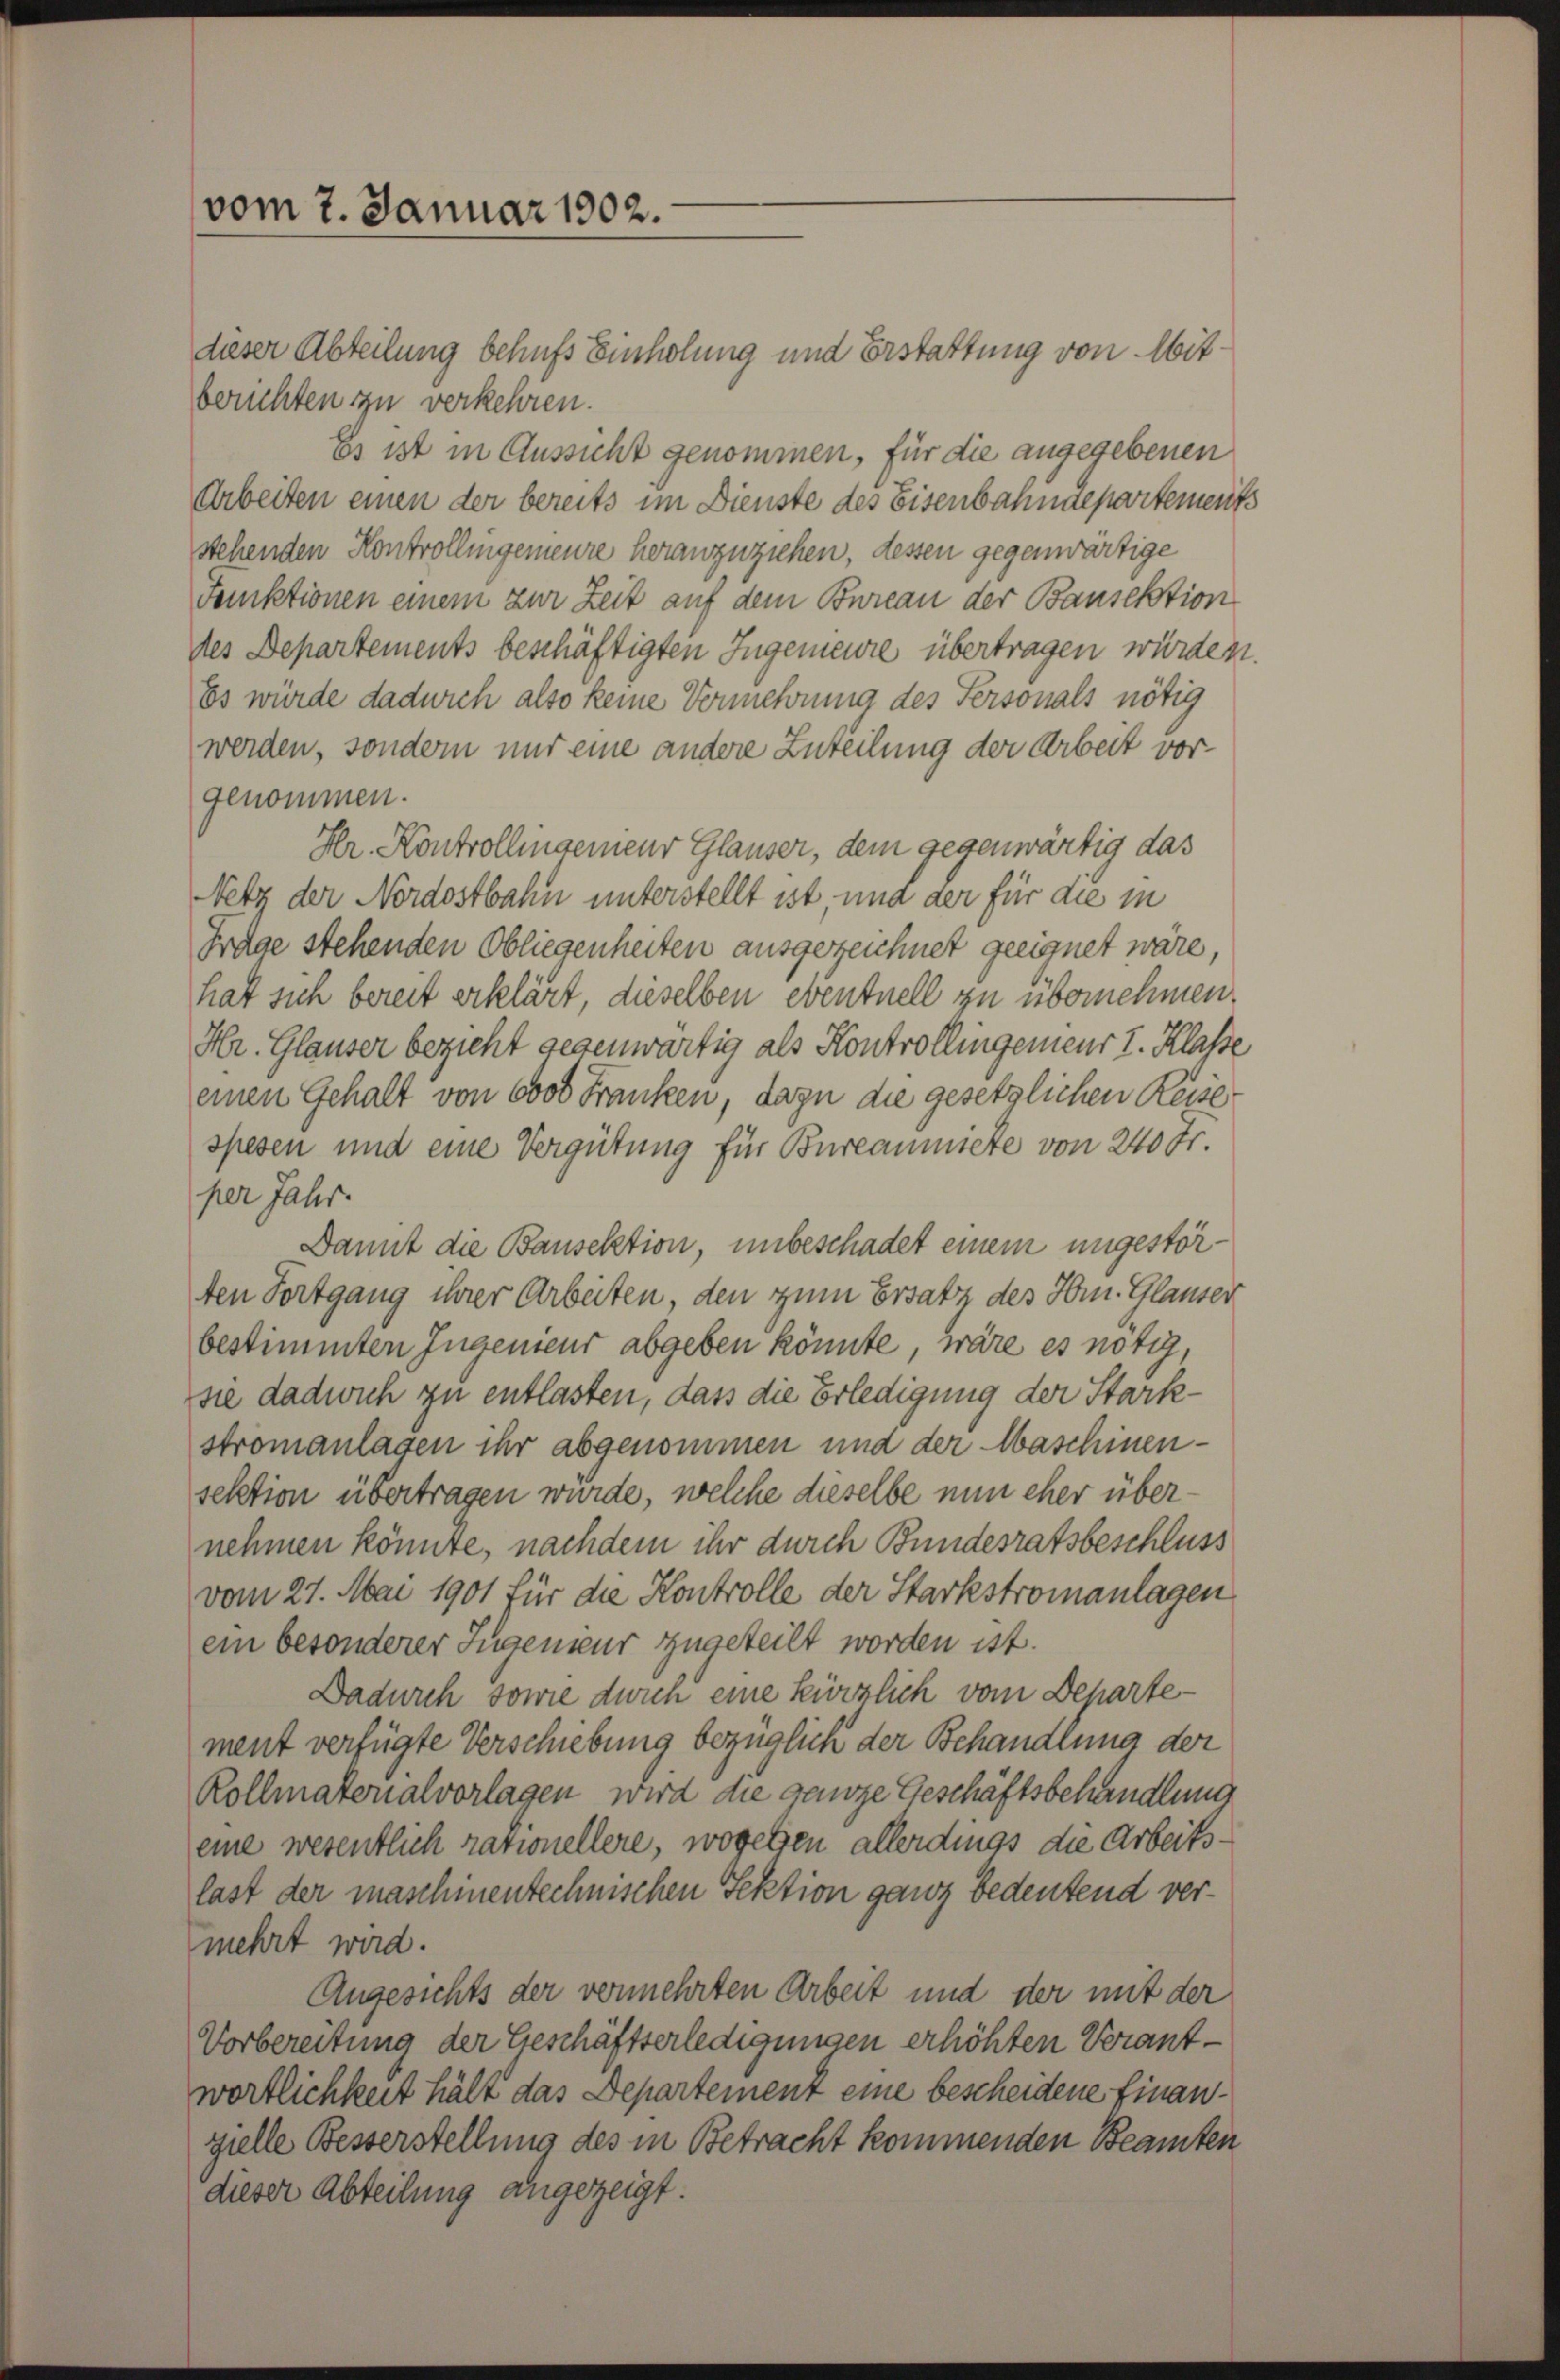
vom 7. Januar 1902.

dieser Abteilung behufs Einholung und Erstattung von Mitberichten zu verkehren.
Es ist in Aussicht genommen, für die angegebenen
Arbeiten einen der bereits im Dienste des Eisenbahndepartements
stehenden Kontrollingemeure heranzuziehen, dessen gegenwärtige
Funktionen einem zur Zeit auf dem Bureau der Bausektion
des Departements beschäftigten Ingemeure übertragen würden.
Es würde dadurch also keine Vermehrung des Personals nötig
werden, sondern nur eine andere Zuteilung der Arbeit vorgenommen.
Hr. Kontrollingenieur Glauser, dem gegenwärtig das
Netz der Nordostbahn unterstellt ist, und der für die in
Frage stehenden Obliegenheiten ausgezeichnet geeignet wäre,
hat sich bereit erklärt, dieselben eventuell zu übernehmen.
Hr. Glauser bezieht gegenwärtig als Kontrollingenieur I. Klasse
einen Gehalt von 6000 Franken, dazu die gesetzlichen Reise
spesen und eine Vergütung für Bureanmiete von 240 Fr.
per Jahr.
Damit die Bausektion, unbeschadet einem ungestörten Fortgang ihrer Arbeiten, den zum Ersatz des Hrn. Glauser
bestimmten Ingenieur abgeben könnte, wäre es nötig,
sie dadwich zu entlasten, dass die Erledigung der Starkstromanlagen ihr abgenommen und der Maschinensektion übertragen würde, welche dieselbe nun eher übernehmen könnte, nachdem ihr durch Bundesratsbeschluss
vom 27. Mai 1901 für die Kontrolle der Starkstromanlagen
ein besonderer Jugenieur zugeteilt worden ist.
Dadurch sowie durch eine kürzlich vom Departement verfügte Verschiebung bezüglich der Behandlung der
Rollmatorialvorlagen wird die ganze Geschäftsbehandlung
eine wesentlich rationellere, wogegen allerdings die Arbeitslast der maschinentechnischen Sektion ganz bedeutend vermehrt wird.
Angesichts der vermehrten Arbeit und der mit der
Vorbereitung der Geschäftserledigungen erhöhten Verantwörtlichkeit hält das Departement eine bescheidene Finanzielle Besserstellung des in Betracht kommenden Beamten
dieser Abteilung angezeigt.